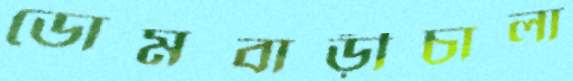
ডোমবাড়ীচালা